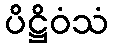
ပိဋ္ဌိဝံသံ